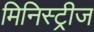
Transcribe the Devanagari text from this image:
मिनिस्ट्रीज